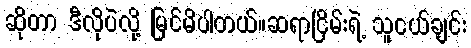
ဆိုတာ ဒီလိုပဲလို့ မြင်မိပါတယ်။ဆရာငြိမ်းရဲ့ သူငယ်ချင်း